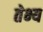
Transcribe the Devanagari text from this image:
तेभ्य